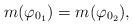
LaTeX: \begin{align*} m(\varphi_{0_1}) = m(\varphi_{0_2}),\end{align*}